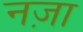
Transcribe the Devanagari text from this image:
नज़ा